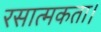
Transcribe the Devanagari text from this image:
रसात्मकता।